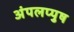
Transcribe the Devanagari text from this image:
अंपलप्पुष